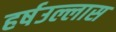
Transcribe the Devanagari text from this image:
हर्षउल्लास